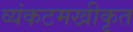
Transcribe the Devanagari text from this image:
व्यंकटमखीकृत